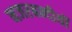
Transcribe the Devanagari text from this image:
नजरबन्दीयों